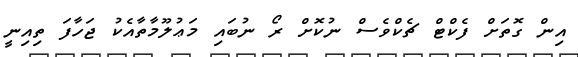
އިން ގޮތަށް ފެކްޓް ޗެކްވެސް ނުކޮށް ރޯ ނުބައި މަޢުލޫމާތާއެކު ޖަހާފަ ތިއިނީ